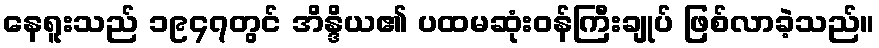
နေရူးသည် ၁၉၄၇တွင် အိန္ဒိယ၏ ပထမဆုံးဝန်ကြီးချုပ် ဖြစ်လာခဲ့သည်။